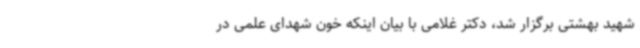
شهید بهشتی برگزار شد، دکتر غلامی با بیان اینکه خون شهدای علمی در